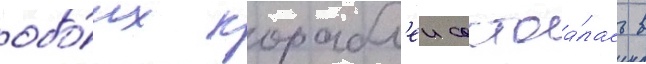
обо́их корабл'еи состоа́лась в